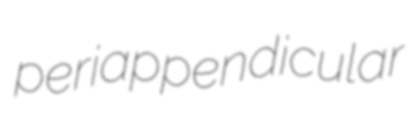
periappendicular